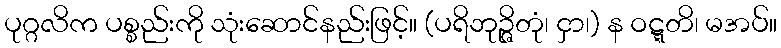
ပုဂ္ဂလိက ပစ္စည်းကို သုံးဆောင်နည်းဖြင့်။ (ပရိဘုဉ္ဇိတုံ၊ ငှာ၊) န ဝဋ္ဋတိ၊ မအပ်။